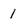
Character: 1